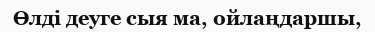
Өлді деуге сыя ма, ойлаңдаршы,